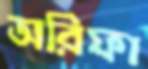
অরিফা